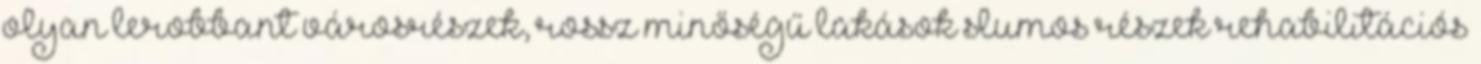
olyan lerobbant városrészek, rossz minőségű lakások slumos részek rehabilitációs